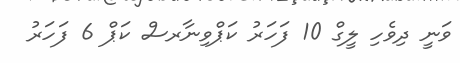
ވަނީ ދިވެހި ލީގް 10 ފަހަރު ކަޕްވިނާރސް ކަޕް 6 ފަހަރު